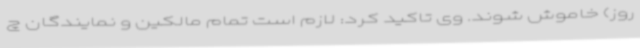
روز) خاموش شوند. وی تاکید کرد: لازم است تمام مالکین و نمایندگان چ